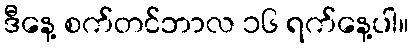
ဒီနေ့ စက်တင်ဘာလ ၁၆ ရက်နေ့ပါ။